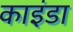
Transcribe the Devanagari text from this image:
काइंडा